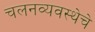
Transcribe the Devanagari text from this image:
चलनव्यवस्थेचे